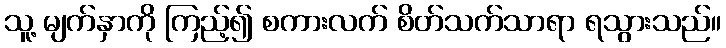
သူ့ မျက်နှာကို ကြည့်၍ စကားလက် စိတ်သက်သာရာ ရသွားသည်။